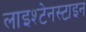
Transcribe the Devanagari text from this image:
लाइश्टेनस्टाइन